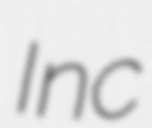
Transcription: Inc